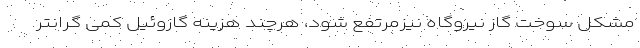
مشکل سوخت گاز نیروگاه نیزمرتفع شود، هرچند هزینه گازوئیل کمی گرانتر